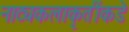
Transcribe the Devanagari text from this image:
नाट्यकलाकृतींकडे